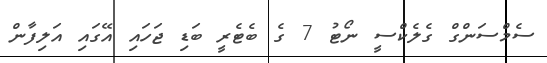
ސެމްސަންގް ގެލެކްސީ ނޯޓު 7 ގެ ބެޓެރީ ބަޑި ޖަހައި އޭގައި އަލިފާން